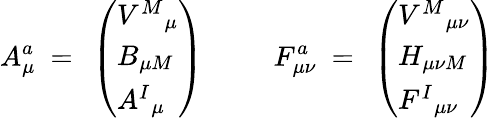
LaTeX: A_{\mu}^{a}~=~\left(\begin{array}{l}{{V^{M}{}_{\mu}}}\\ {{B_{\mu M}}}\\ {{A^{I}{}_{\mu}}}\end{array}\right){}~~~~~~~~~~F_{\mu\nu}^{a}~=~\left(\begin{array}{l}{{V^{M}{}_{\mu\nu}}}\\ {{H_{\mu\nu M}}}\\ {{F^{I}{}_{\mu\nu}}}\end{array}\right)